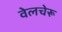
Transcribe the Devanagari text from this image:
वेलचेरू